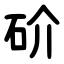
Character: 砎